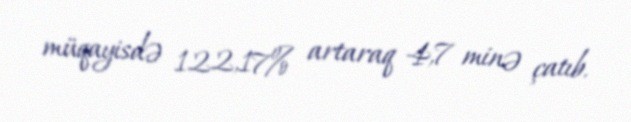
müqayisdə 122,17% artaraq 4,7 minə çatıb.